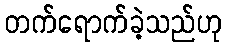
တက်ရောက်ခဲ့သည်ဟု